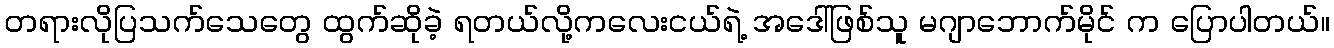
တရားလိုပြသက်သေတွေ ထွက်ဆိုခဲ့ ရတယ်လို့ကလေးငယ်ရဲ့ အဒေါ်ဖြစ်သူ မဂျာဘောက်မိုင် က ပြောပါတယ်။